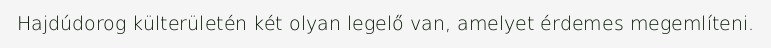
Hajdúdorog külterületén két olyan legelő van, amelyet érdemes megemlíteni.